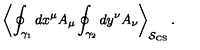
\left\langle \oint _ { \gamma _ { 1 } } d x ^ { \mu } A _ { \mu } \oint _ { \gamma _ { 2 } } d y ^ { \nu } A _ { \nu } \right\rangle _ { \mathcal { S } _ { \mathrm { C S } } } .